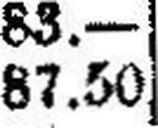
87.50